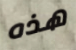
هذه